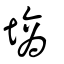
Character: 墒